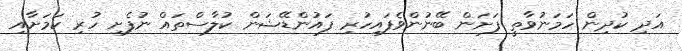
އަދި ކުދިން ހަމަނުވާތީ ފަށަން ބޭނުންވެފައިހުރި ފައުންޑޭޝަން ކުލާސްތައް ނުފެށި ހުރި ކަމަށާއި